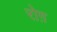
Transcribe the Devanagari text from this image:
रोग़